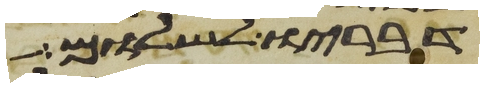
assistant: דבריו לשלום